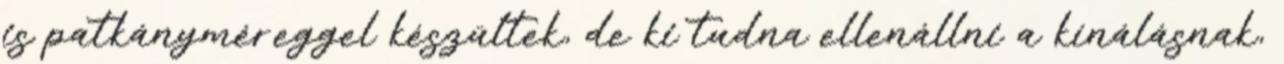
is patkányméreggel készültek, de ki tudna ellenállni a kínálásnak,